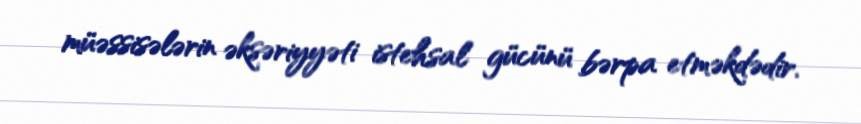
müəssisələrin əksəriyyəti istehsal gücünü bərpa etməkdədir.